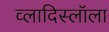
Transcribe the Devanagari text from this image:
व्लादिस्लॉला